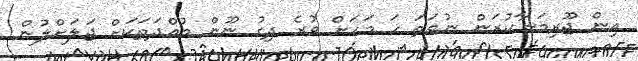
އިން ޖޫރިމަނާކުރަން ނުވަތަ ހަ މަހަށް ވުރެ ދިގު ނޫން މުއްދަތަކަށް ޖަލަށްލުން